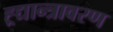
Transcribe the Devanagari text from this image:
ह्र्द्यान्त्रावरण